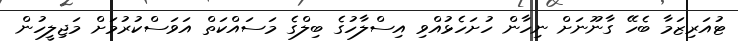
ޓުއަރިޒަމާ ބެހޭ ގާނޫނަށް ނިހާން ހުށަހެޅުއްވި އިސްލާހުގެ ބިލްގެ މަސައްކަތް އަވަސްކުރުމަށް މަޖިލީހުން